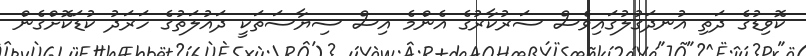
ކޮވިޑުގެ ދަތި އުނދަގުލުގައިވެސް ސަރުކާރުގެ އެންމެ އިސް ސިޔާސަތަކީ ދައުލަތުގެ ހަރަދު ކުޑަކޮށްގެން